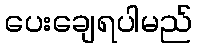
ပေးချေရပါမည်